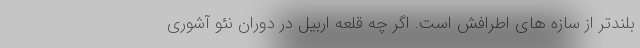
بلندتر از سازه های اطرافش است. اگر چه قلعه اربیل در دوران نئو آشوری